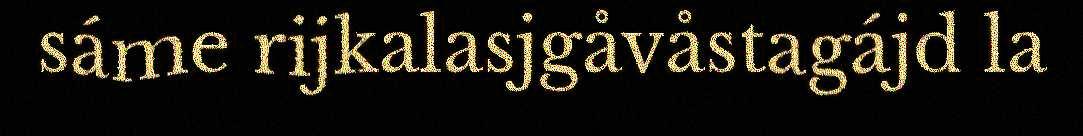
sáme rijkalasjgåvåstagájd la